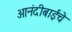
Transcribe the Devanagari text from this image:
आनंदीबाईचे